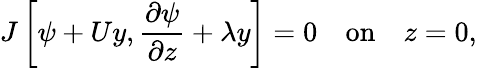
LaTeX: J\left[\psi+Uy,\frac{\partial\psi}{\partial z}+\lambda y\right]=0\quad\textrm{on}\quad z=0,